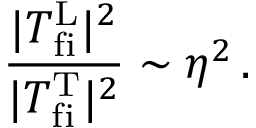
\frac { | T _ { \mathrm { f i } } ^ { \mathrm { L } } | ^ { 2 } } { | T _ { \mathrm { f i } } ^ { \mathrm { T } } | ^ { 2 } } \sim \eta ^ { 2 } \, .